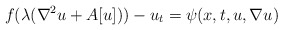
\begin{align*}f (\lambda(\nabla^{2}u + A [u])) - u_t = \psi (x, t, u, \nabla u)\end{align*}